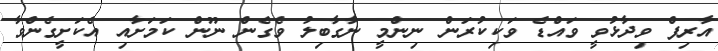
އާރިފް ވިދާޅުވީ ވައްޑެ ވަކިކުރަން ނިންމީ ނާގާބިލު ވެގެން ނޫން ކަމަށާއި އެކަށީގެންވާ